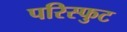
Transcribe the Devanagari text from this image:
परिस्फुट